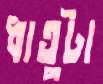
ধাতুটা